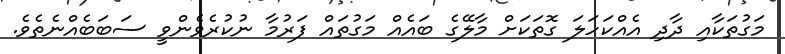
މަގުތަކާއި ދާދި އެއްކަހަލަ ގޮތަކަށް މާލޭގެ ބައެއް މަގުތައް ފަރުމާ ނުކުރެވެންވީ ސަބަބެއްނެތެވެ.